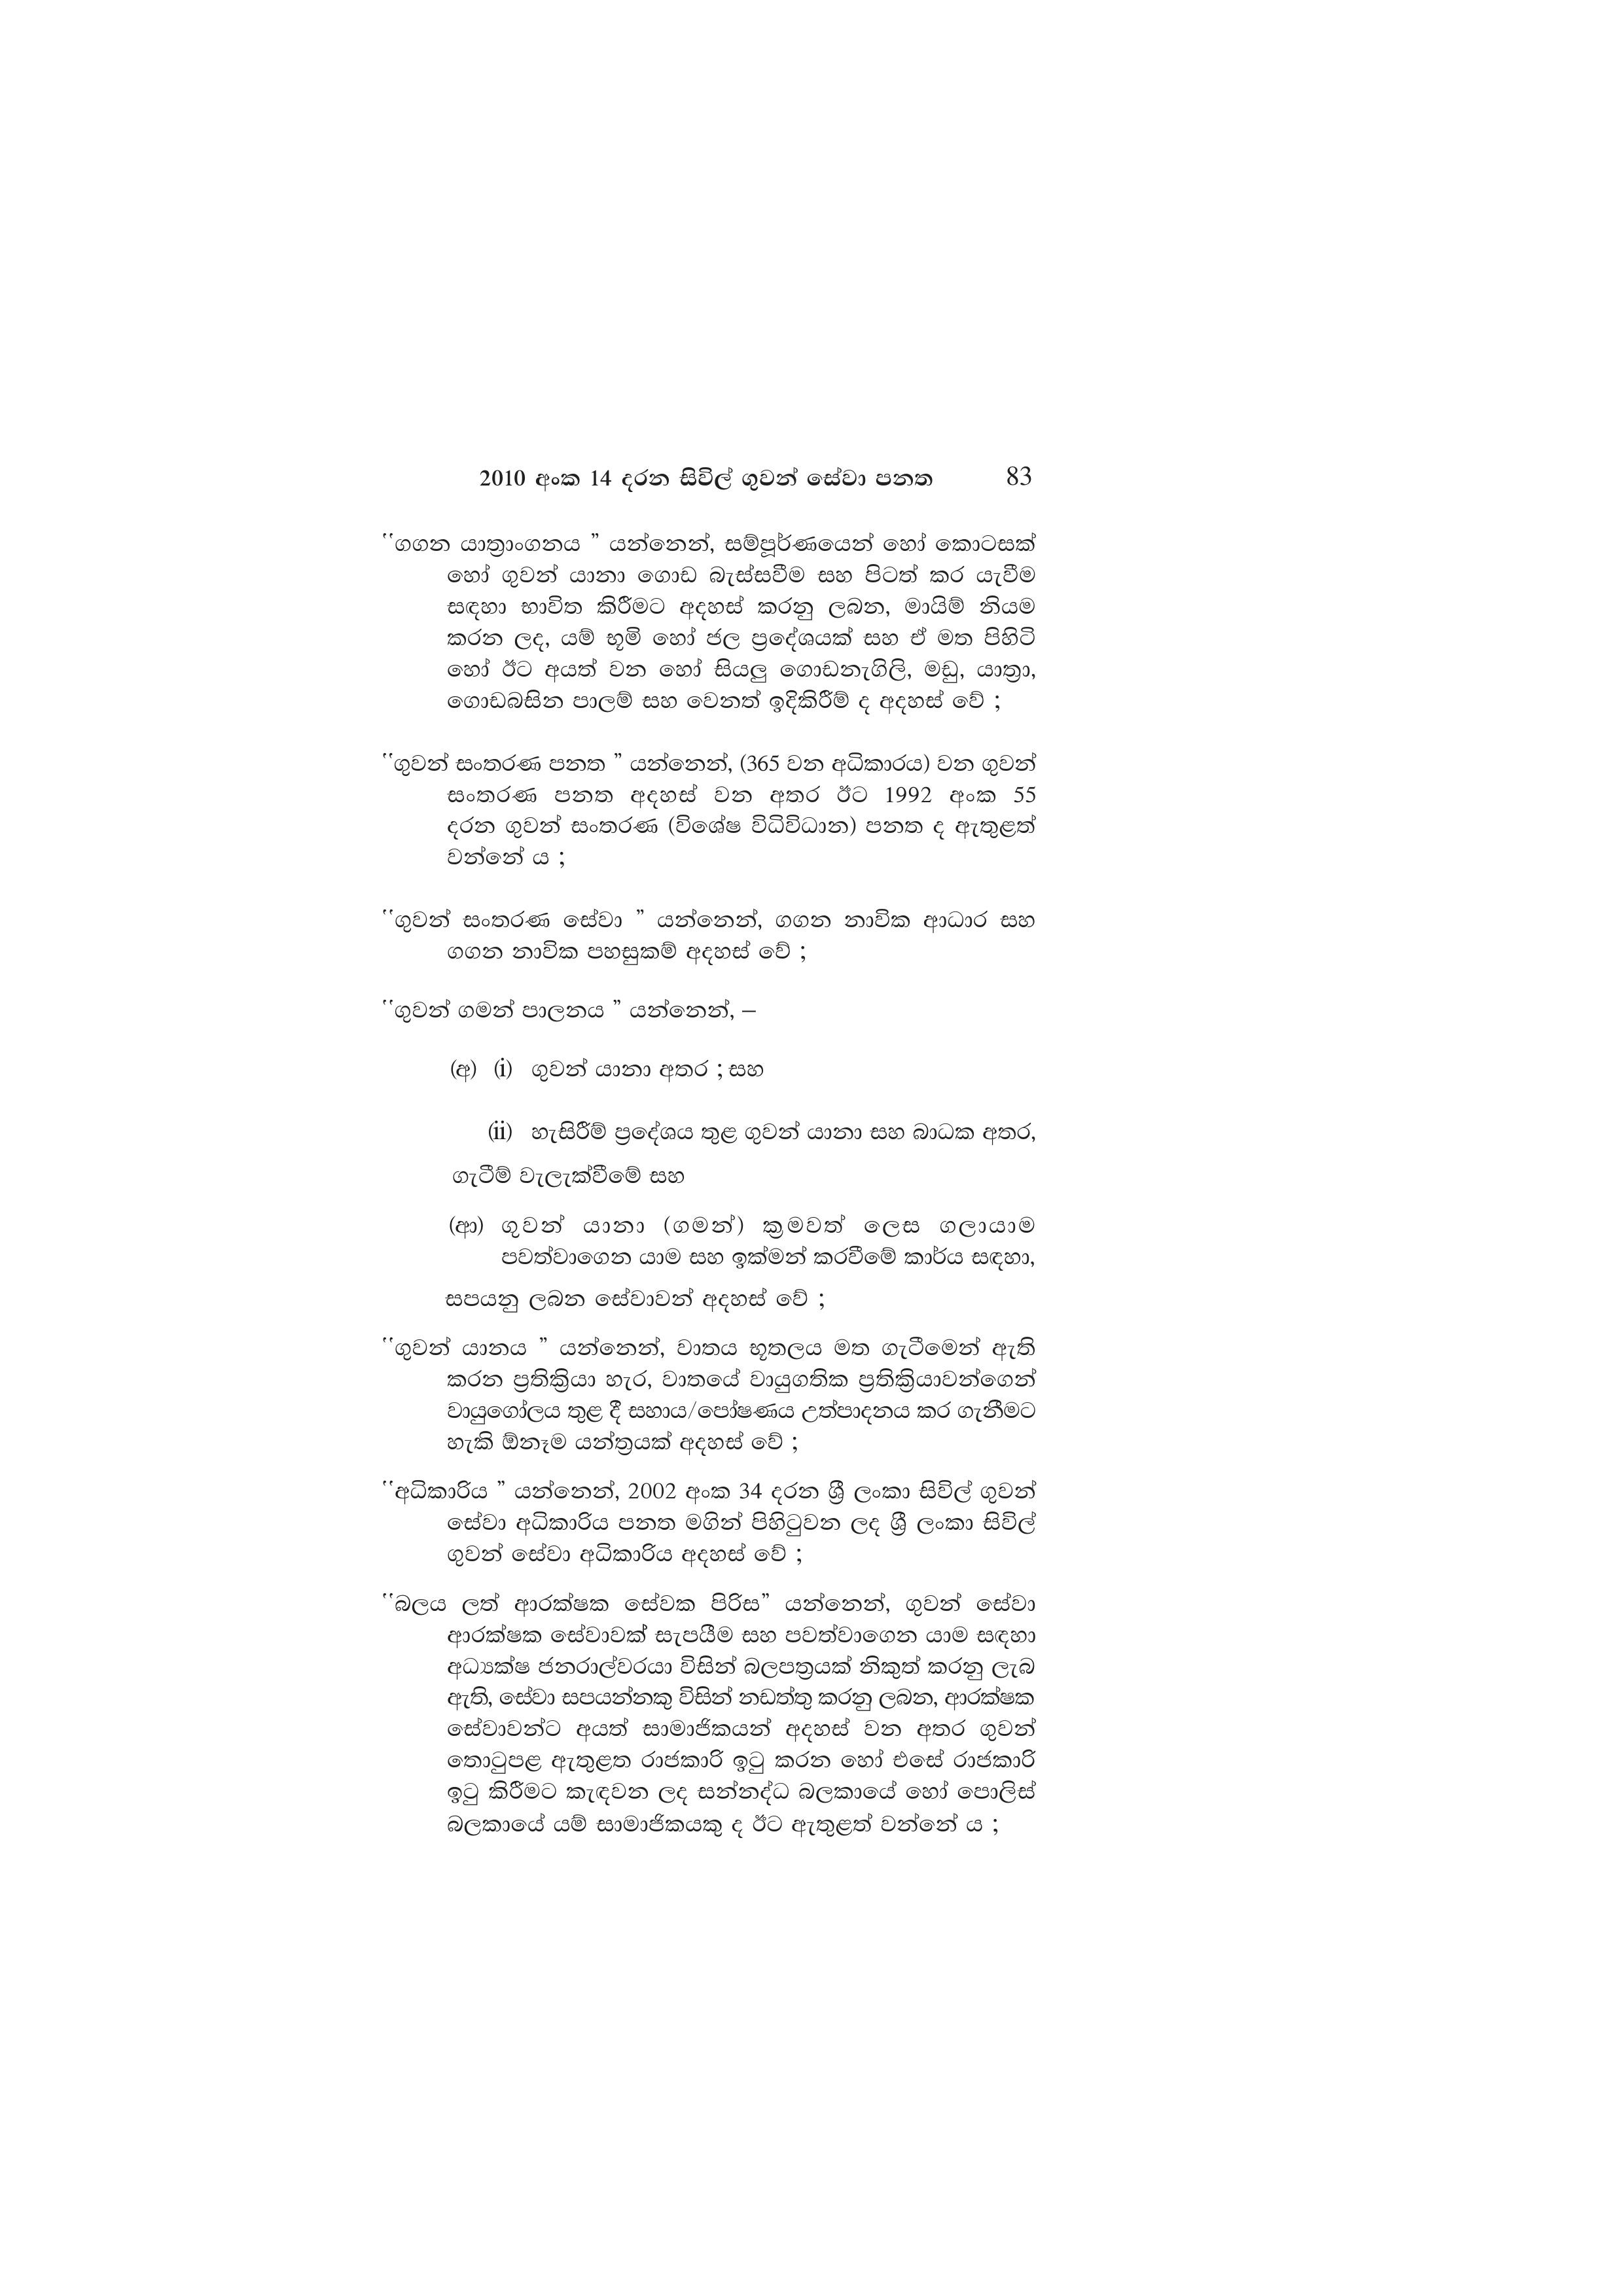
2010 අංක 14 දරන සිවිල් ගුවන් සේවා පනත 83

"ගගන යාත්‍රාංගනය ” යන්නෙන්, සම්පූර්ණයෙන් හෝ කොටසක්
හෝ ගුවන් යානා ගොඩ බැස්සවීම සහ පිටත් කර යැවීම
සඳහා භාවිත කිරීමට අදහස් කරනු ලබන, මායිම් නියම
කරන ලද, යම් භූමි හෝ ජල ප්‍රදේශයක් සහ ඒ මත පිහිටි
හෝ ඊට අයත් වන හෝ සියලු ගොඩනැගිලි, මඩු, යාත්‍රා,
ගොඩබසින පාලම් සහ වෙනත් ඉදිකිරීම් ද අදහස් වේ ;

"ගුවන් සංතරණ පනත ” යන්නෙන්, (365 වන අධිකාරය) වන ගුවන්
සංතරණ පනත අදහස් වන අතර ඊට 1992 අංක 55
දරන ගුවන් සංතරණ (විශේෂ විධිවිධාන) පනත ද ඇතුළත්
වන්නේ ය;

"ගුවන් සංතරණ සේවා " යන්නෙන්, ගගන නාවික ආධාර සහ
ගගන නාවික පහසුකම් අදහස් වේ ;

"ගුවන් ගමන් පාලනය ” යන්නෙන්, -

(අ) (i) ගුවන් යානා අතර ; සහ

(ii) හැසිරීම් ප්‍රදේශය තුළ ගුවන් යානා සහ බාධක අතර,
ගැටීම් වැලැක්වීමේ සහ

(ආ) ගුවන් යානා (ගමන්) ක්‍රමවත් ලෙස ගලායාම
පවත්වාගෙන යාම සහ ඉක්මන් කරවීමේ කාර්ය සඳහා,
සපයනු ලබන සේවාවන් අදහස් වේ ;

"ගුවන් යානය යන්නෙන්, වාතය භූතලය මත ගැටීමෙන් ඇති
කරන ප්‍රතික්‍රියා හැර, වාතයේ වායුගතික ප්‍රතික්‍රියාවන්ගෙන්
වායුගෝලය තුළ දී සහාය/පෝෂණය උත්පාදනය කර ගැනීමට
හැකි ඕනෑම යන්ත්‍රයක් අදහස් වේ ;

‛‛අධිකාරිය ” යන්නෙන්, 2002 අංක 34 දරන ශ්‍රී ලංකා සිවිල් ගුවන්
සේවා අධිකාරිය පනත මගින් පිහිටුවන ලද ශ්‍රී ලංකා සිවිල්
ගුවන් සේවා අධිකාරිය අදහස් වේ ;

''බලය ලත් ආරක්ෂක සේවක පිරිස” යන්නෙන්, ගුවන් සේවා
ආරක්ෂක සේවාවක් සැපයීම සහ පවත්වාගෙන යාම සඳහා
අධ්‍යක්ෂ ජනරාල්වරයා විසින් බලපත්‍රයක් නිකුත් කරනු ලැබ
ඇති, සේවා සපයන්නකු විසින් නඩත්තු කරනු ලබන, ආරක්ෂක
සේවාවන්ට අයත් සාමාජිකයන් අදහස් වන අතර ගුවන්
තොටුපළ ඇතුළත රාජකාරි ඉටු කරන හෝ එසේ රාජකාරි
ඉටු කිරීමට කැඳවන ලද සන්නද්ධ බලකායේ හෝ පොලිස්
බලකායේ යම් සාමාජිකයකු ද ඊට ඇතුළත් වන්නේ ය ;